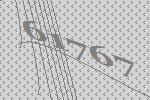
61767